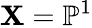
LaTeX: \mathbf{X}=\mathbb{{P}}^{1}